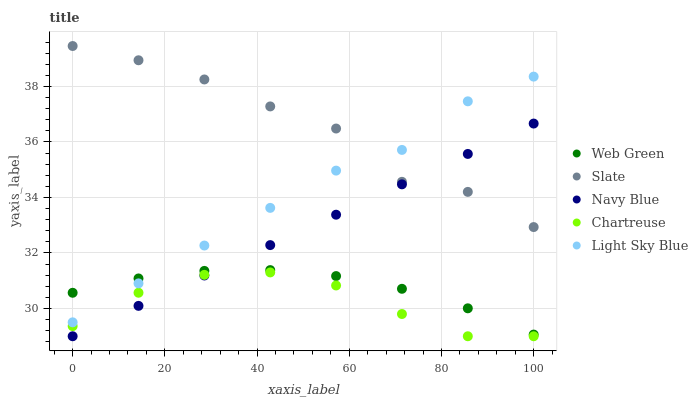
| xaxis_label | Web Green | Slate | Navy Blue | Chartreuse | Light Sky Blue |
 | --- | --- | --- | --- | --- | --- |
 | 0 | 30.6 | 39.5 | 29 | 29.4 | 29.5 |
 | 14.3 | 31.1 | 38.9 | 30.1 | 30.6 | 30.9 |
 | 28.6 | 31.4 | 38.3 | 31.2 | 31.2 | 32.3 |
 | 42.9 | 31.4 | 37.3 | 32.3 | 31.3 | 33.6 |
 | 57.1 | 31.2 | 36.5 | 33.4 | 30.8 | 35 |
 | 71.4 | 30.7 | 34.6 | 34.5 | 29.8 | 35.7 |
 | 85.7 | 30 | 34.2 | 35.6 | 29 | 37.5 |
 | 100 | 29.1 | 32.9 | 36.7 | 29 | 38.4 |